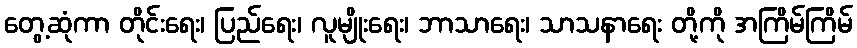
တွေ့ဆုံကာ တိုင်းရေး၊ ပြည်ရေး၊ လူမျိုးရေး၊ ဘာသာရေး၊ သာသနာရေး တို့ကို အကြိမ်ကြိမ်